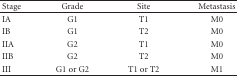
<table><thead><tr><td><b>Stage</b></td><td><b>Grade</b></td><td><b>Site</b></td><td><b>Metastasis</b></td></tr></thead><tbody><tr><td>IA</td><td>G1</td><td>T1</td><td>M0</td></tr><tr><td>IB</td><td>G1</td><td>T2</td><td>M0</td></tr><tr><td>IIA</td><td>G2</td><td>T1</td><td>M0</td></tr><tr><td>IIB</td><td>G2</td><td>T2</td><td>M0</td></tr><tr><td>III</td><td>G1 or G2</td><td>T1 or T2</td><td>M1</td></tr></tbody></table>